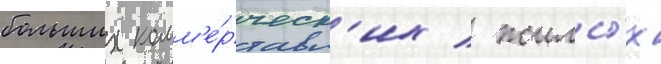
больших комм'е́рческ'их / жилы́х